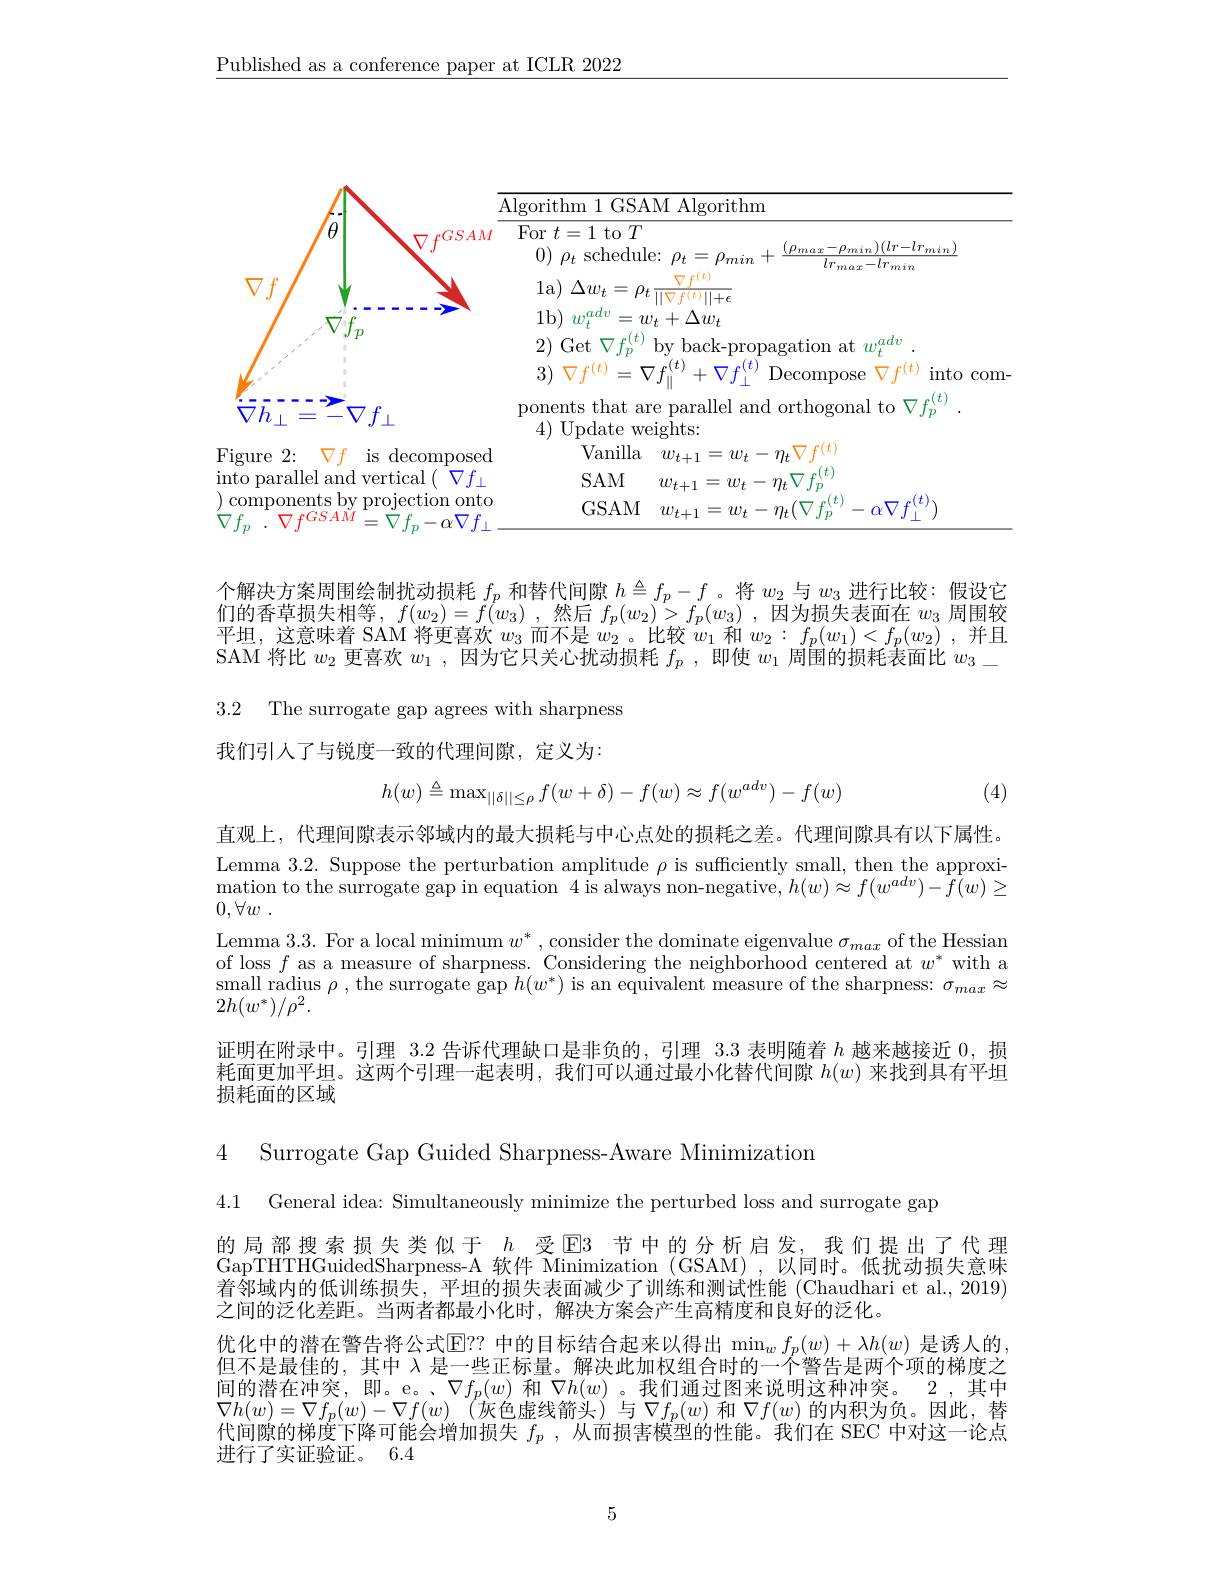
$\underline{\text{Published as a conference paper at ICLR 2022}}$

<table>
	<tbody>
		<tr>
			<td>$\bar{\nabla}\bar{h}_{\perp}$ =- $-\nabla f_{\perp}$</td>
			<td>s that are parallel and orthogonal to $\nabla f_{\mathrm{m}}^{(t)}$ ${\mathrm{date~weights:}}$</td>
		</tr>
		<tr>
			<td>$^{\prime }$igure 2: $Vf$ is decomposed</td>
			<td>Vanilla $w_{t+1}=w_{t}-\eta_{t}\nabla f^{(t)}$</td>
		</tr>
		<tr>
			<td>nto parallel and vertical ( $\nabla f_{\perp}$</td>
			<td>$SAM$ $w_{t+1}=w_{t}-\eta_{t}\nabla f_{p}$</td>
		</tr>
		<tr>
			<td>component 111. 11 $\mathbf{L}$ WI $\nabla fGSAM$</td>
			<td>GSAM $w_{t+1}=w_{t}-\eta_{t}(\nabla f_{p}^{(t)}$ $\alpha\nabla f$</td>
		</tr>
	</tbody>
</table>

个解决方案周围绘制扰动损耗$f_p$和替代间隙$h\triangleq f_p-f$ 。将$w_2$与$w_3$进行比较：假设它们的香草损失相等，$f(w_2)=f(w_3)$,然后$f_p(w_2)>f_p(w_3)$,因为损失表面在$w_3$周围较平坦，这意味着 SAM 将更喜欢$w_{3}$而不是$w_{2}$ 。比较$w_1$和$w_{2}: f_p( w_{1}) < f_{p}( w_{2})$ ,并且SAM 将比$w_2$更喜欢$w_1$,因为它只关心扰动损耗$f_p$,即使$w_1$周围的损耗表面比$w_3-$ 3.2 The surrogate gap agrees with sharpness
我们引人了与锐度一致的代理间隙，定义为：
$$h(w)\triangleq\max_{||\delta||\leq\rho}f(w+\delta)-f(w)\approx f(w^{adv})-f(w)$$
(4)

直观上，代理间隙表示邻域内的最大损耗与中心点处的损耗之差。代理间隙具有以下属性。Lemma 3.2. Suppose the perturbation amplitude $\rho$ is sufficiently small, then the approximation to the surrogate gap in equation 4 is always non-negative, $h(w)\approx f(w^{adv})-\tilde{f}(w)\geq$ $0, \forall w$ .
Lemma 3.3. For a local minimum $w^*$, consider the dominate eigenvalue $\sigma_max$ of the Hessian of loss $f$ as a measure of sharpness. Considering the neighborhood centered at $w^*$ with a small radius $\rho$ , the surrogate gap $h(w^*)$ is an equivalent measure of the sharpness: $\sigma_max\approx$ $2h(w^{*})/\rho^{2}.$
证明在附录中。引理 3.2 告诉代理缺口是非负的，引理 3.3 表明随着$h$越来越接近 0,损耗面更加平坦。这两个引理一起表明，我们可以通过最小化替代间隙$h(w)$来找到具有平坦损耗面的区域

4 Surrogate Gap Guided Sharpness-Aware Minimization

4.1 General idea: Simultaneously minimize the perturbed loss and surrogate gap

的局部搜索损失类似于$h$受E3 节中的分析启发，我们提出了代理GapTHTHGuidedSharpness-A 软件$\widetilde{\mathrm{Minimization~(GSAM),以同时。低扰动损失意味}}$ 着邻域内的低训练损失，平坦的损失表面减少了训练和测试性能 (Chaudhari et al., 2019) 之间的泛化差距。当两者都最小化时，解决方案会产生高精度和良好的泛化。
优化中的潜在警告将公式$\operatorname{E}??$中的目标结合起来以得出$\min_wf_p(w)+\lambda h(w)$是诱人的， 但不是最佳的，其中$\lambda$是一些正标量。解决此加权组合时的一个警告是两个项的梯度之间的潜在冲突，即。e。、$\nabla f_p(w)$和$\nabla h(w)$ 。我们通过图来说明这种冲突。2,其中$\nabla h(w)=\nabla f_p(w)-\nabla f(w)$ (灰色虚线箭头)与$\nabla f_p(w)$和$\nabla f(w)$的内积为负。因此，替代间隙的梯度下降可能会增加损失$f_p$ , 从而损害模型的性能。我们在 SEC 中对这一论点进行了实证验证。6.4

5